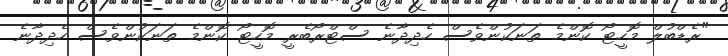
"ރެޑްބުލް މޮހީޓޯ ކޮންމެ ތަނަކުންވެސް ހެދިދާނެ ސްޓްރޯބެރީ މޮހީޓޯ ކޮންމެ ތަނަކުންވެސް ހެދިދާނެ